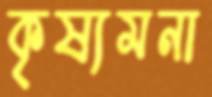
কৃষ্যমনা